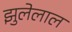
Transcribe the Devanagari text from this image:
झुलेलाल